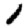
Digit: 1